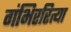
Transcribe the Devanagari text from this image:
गंभिररित्या